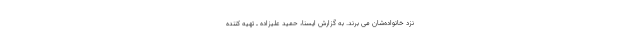
نزد خانواده‌شان می برند. به گزارش ایسنا، حمید علیزاده ـ تهیه کننده